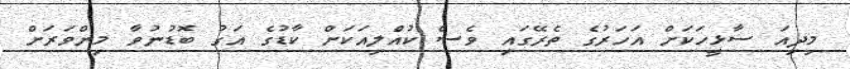
މިދިއަ ސާޅީހަކަށް އަހަރުގެ ތެރޭގައި ވެސް ކުއްލިއަކަށް ކާޑުގެ އަގު ބޮޑުނުވާ މިންވަރަށް